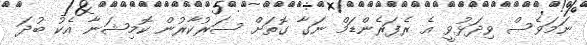
ނަމަވެސް ވިދަޅުވީ އެ ރެފަރެންޑަމް ނަގާ ގޮތަށް ސަރުކާރުން ކޮމިޝަނާ އެކު ބުދަ